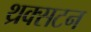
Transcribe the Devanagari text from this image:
थ्रक्सटन